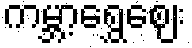
ကမ္ဘာ့ရွှေဈေး